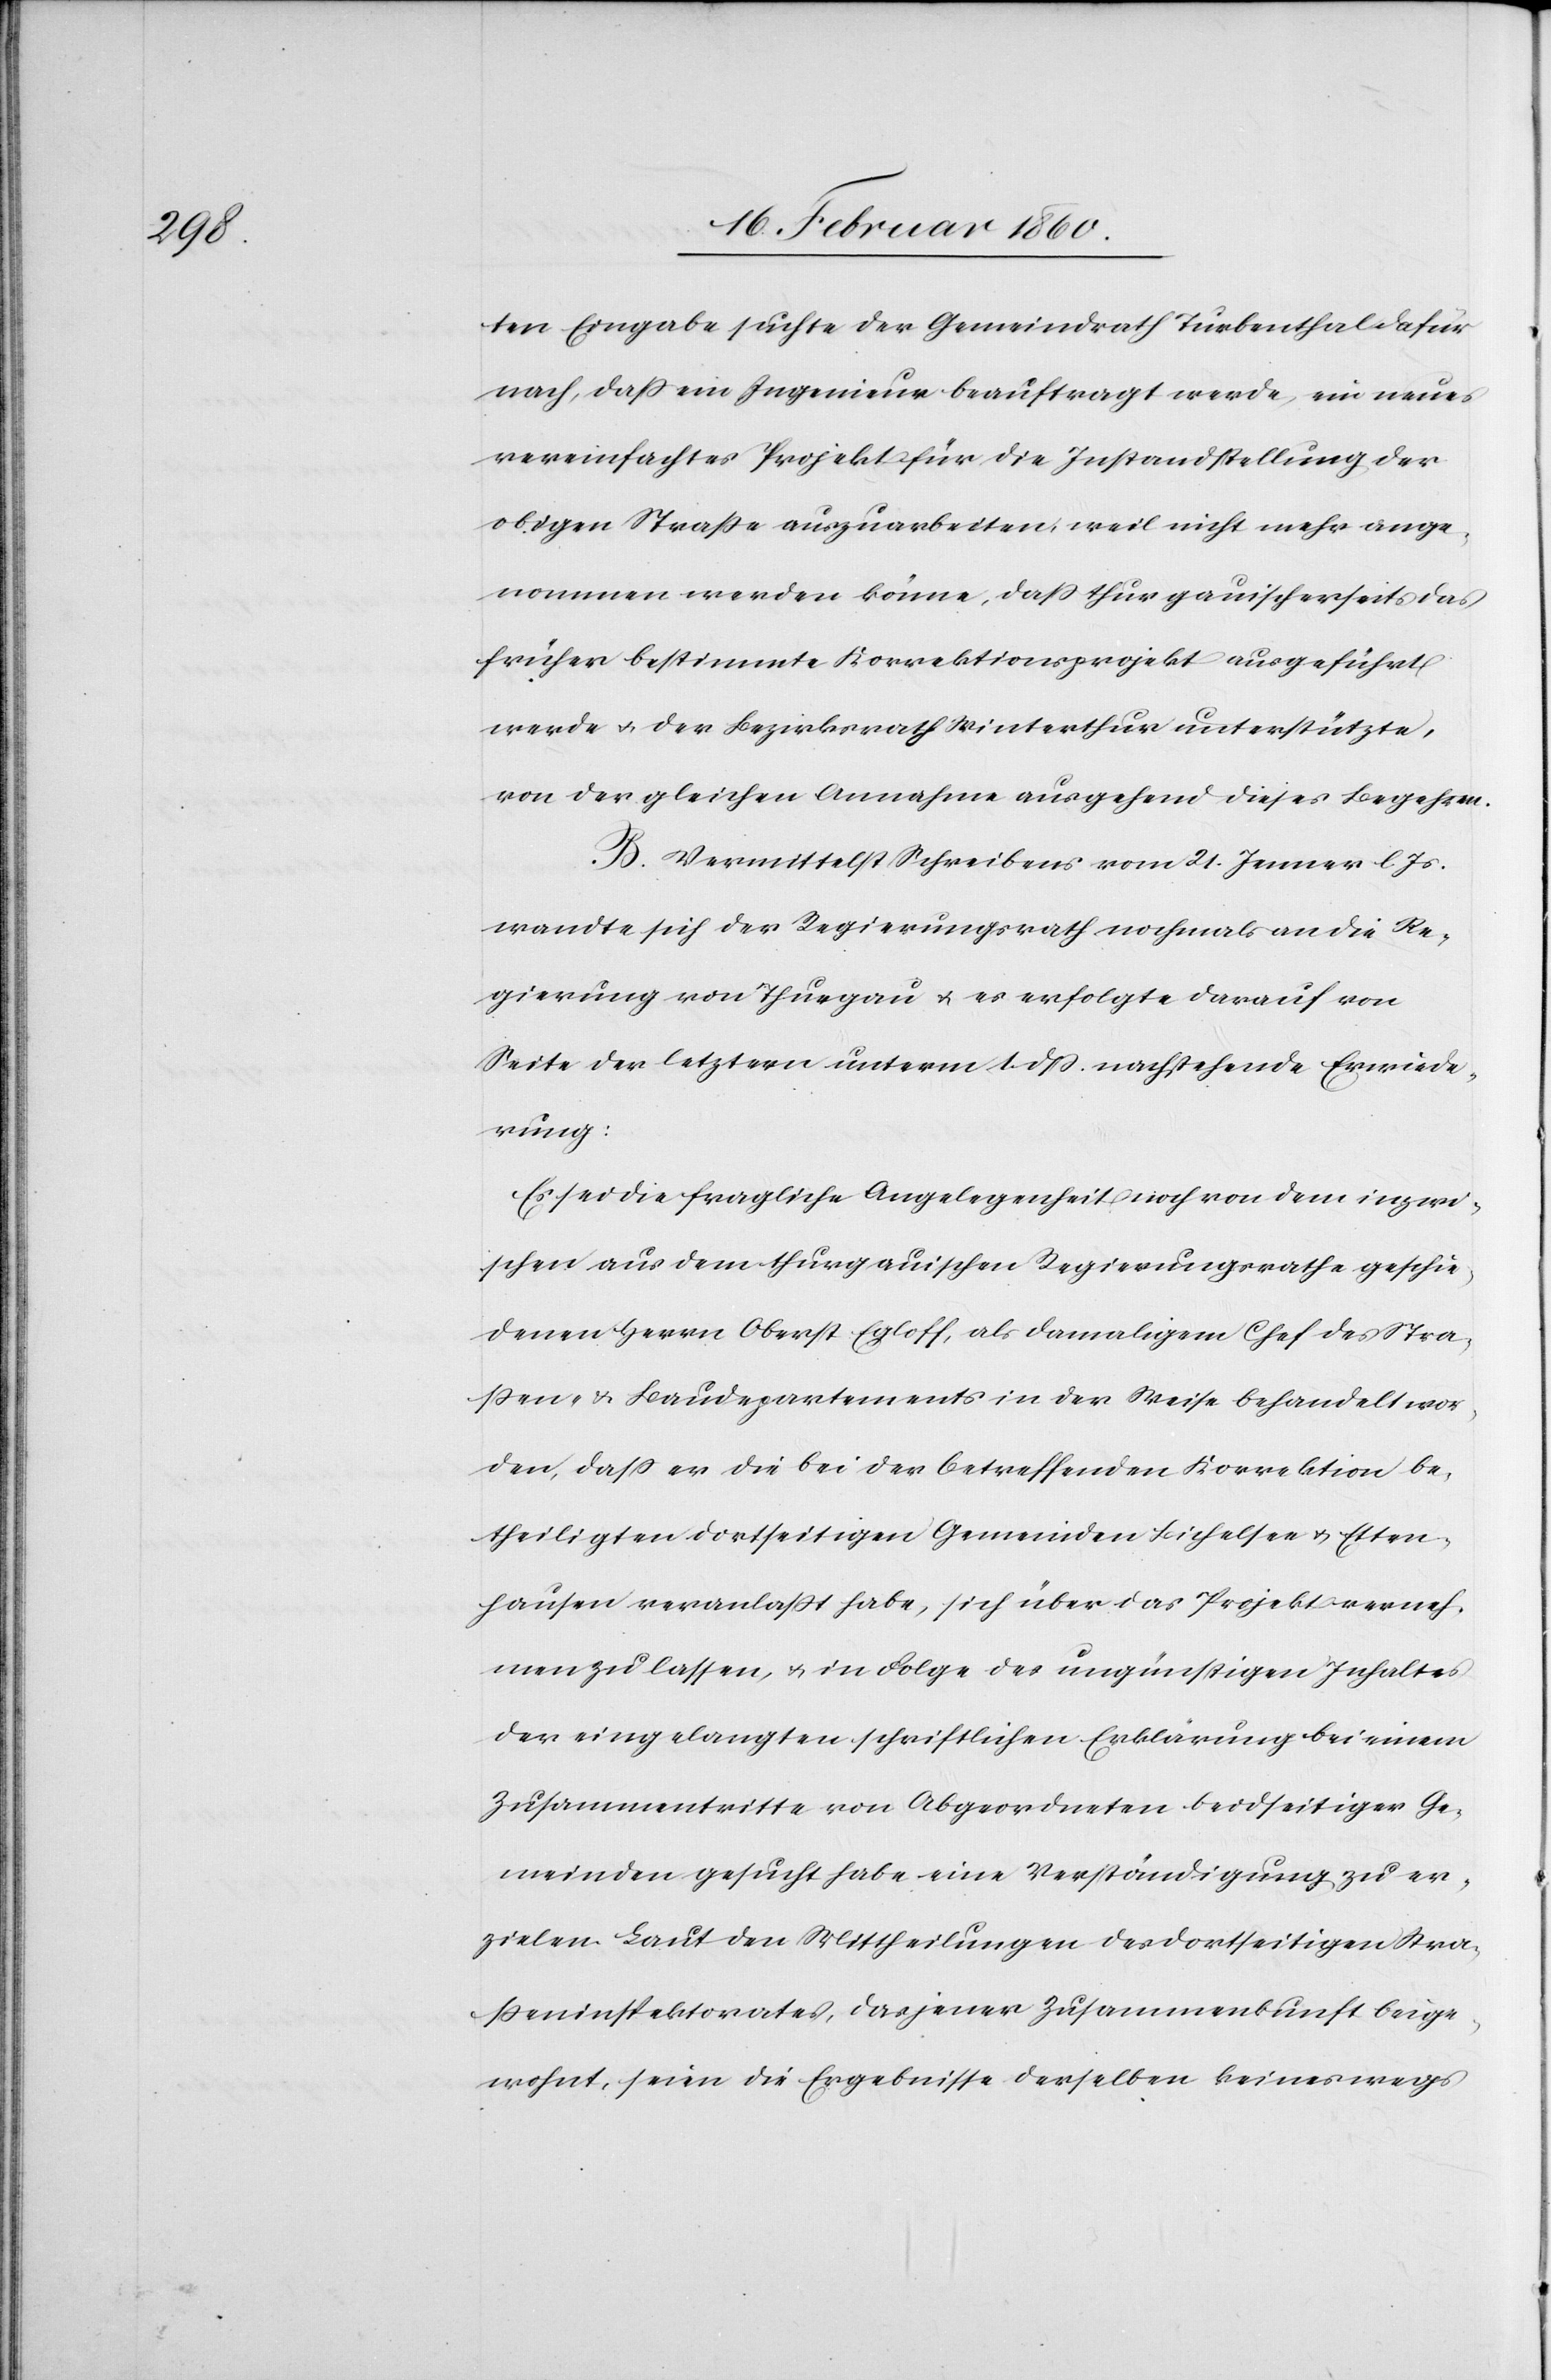
ten Eingabe suchte der Gemeindrath Turbenthal dafür
nach, dass ein Ingenieur beauftragt werde, ein neues
vereinfachtes Projekt für die Instandstellung der
obigen Strasse auszuarbeiten, weil nicht mehr ange¬
nommen werden könne, dass thurgauischerseits das
früher bestimmte Korrektionsprojekt ausgeführt
werde u. der Bezirksrath Winterthur unterstützte,
von der gleichen Annahme ausgehend dieses Begehren.
B. Vermittelst Schreibens vom 21. Jenner l. Js.
wandte sich der Regierungsrath nochmals an die Re¬
gierung von Thurgau, u. es erfolgte darauf von
Seite der letztern unterm 1. dß. nachstehende Erwiede¬
rung:
Es sei die fragliche Angelegenheit noch von dem inzwi¬
schen aus dem thurgauischen Regierungsrathe geschie¬
denen Herrn Oberst Egloff, als damaligem Chef des Stra¬
ssen- u. Baudepartements in der Weise behandelt wor¬
den, dass er die bei der betreffenden Korrektion be¬
theiligten dortseitigen Gemeinden Bichelsee u. Etten¬
hausen veranlasst habe, sich über das Projekt verneh¬
men zu lassen, u. in Folge des ungünstigen Inhaltes
der eingelangten schriftlichen Erklärung bei einem
Zusammentritte von Abgeordneten beidseitiger Ge¬
meinden gesucht habe eine Verständigung zu er¬
zielen. Laut den Mittheilungen des dortseitigen Ka¬
sseninspektorates, das jener Zusammenkunft beige¬
wohnt, seien die Ergebnisse derselben keineswegs